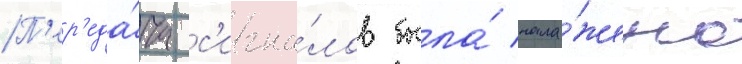
П'ер'еда́ча с'игна́лов была́ нала́жена